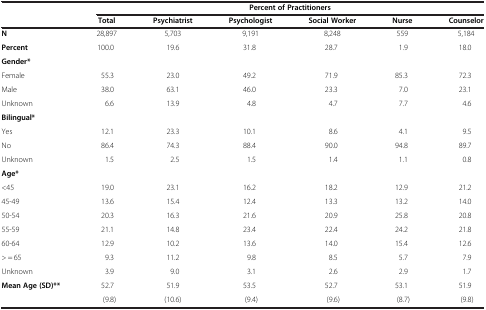
<table><thead><tr><td><b> </b></td><td colspan="6"><b>Percent of Practitioners</b></td></tr><tr><td><b> </b></td><td><b>Total</b></td><td><b>Psychiatrist</b></td><td><b>Psychologist</b></td><td><b>Social Worker</b></td><td><b>Nurse</b></td><td><b>Counselor</b></td></tr></thead><tbody><tr><td><b>N</b></td><td>28,897</td><td>5,703</td><td>9,191</td><td>8,248</td><td>559</td><td>5,184</td></tr><tr><td><b>Percent</b></td><td>100.0</td><td>19.6</td><td>31.8</td><td>28.7</td><td>1.9</td><td>18.0</td></tr><tr><td colspan="7"><b>Gender*</b></td></tr><tr><td>Female</td><td>55.3</td><td>23.0</td><td>49.2</td><td>71.9</td><td>85.3</td><td>72.3</td></tr><tr><td>Male</td><td>38.0</td><td>63.1</td><td>46.0</td><td>23.3</td><td>7.0</td><td>23.1</td></tr><tr><td>Unknown</td><td>6.6</td><td>13.9</td><td>4.8</td><td>4.7</td><td>7.7</td><td>4.6</td></tr><tr><td colspan="7"><b>Bilingual*</b></td></tr><tr><td>Yes</td><td>12.1</td><td>23.3</td><td>10.1</td><td>8.6</td><td>4.1</td><td>9.5</td></tr><tr><td>No</td><td>86.4</td><td>74.3</td><td>88.4</td><td>90.0</td><td>94.8</td><td>89.7</td></tr><tr><td>Unknown</td><td>1.5</td><td>2.5</td><td>1.5</td><td>1.4</td><td>1.1</td><td>0.8</td></tr><tr><td colspan="7"><b>Age*</b></td></tr><tr><td>&lt;45</td><td>19.0</td><td>23.1</td><td>16.2</td><td>18.2</td><td>12.9</td><td>21.2</td></tr><tr><td>45-49</td><td>13.6</td><td>15.4</td><td>12.4</td><td>13.3</td><td>13.2</td><td>14.0</td></tr><tr><td>50-54</td><td>20.3</td><td>16.3</td><td>21.6</td><td>20.9</td><td>25.8</td><td>20.8</td></tr><tr><td>55-59</td><td>21.1</td><td>14.8</td><td>23.4</td><td>22.4</td><td>24.2</td><td>21.8</td></tr><tr><td>60-64</td><td>12.9</td><td>10.2</td><td>13.6</td><td>14.0</td><td>15.4</td><td>12.6</td></tr><tr><td>&gt; = 65</td><td>9.3</td><td>11.2</td><td>9.8</td><td>8.5</td><td>5.7</td><td>7.9</td></tr><tr><td>Unknown</td><td>3.9</td><td>9.0</td><td>3.1</td><td>2.6</td><td>2.9</td><td>1.7</td></tr><tr><td><b>Mean Age (SD)**</b></td><td>52.7</td><td>51.9</td><td>53.5</td><td>52.7</td><td>53.1</td><td>51.9</td></tr><tr><td> </td><td>(9.8)</td><td>(10.6)</td><td>(9.4)</td><td>(9.6)</td><td>(8.7)</td><td>(9.8)</td></tr></tbody></table>